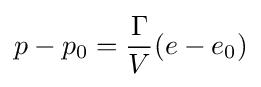
p-p_{0}={\frac {\Gamma }{V}}(e-e_{0})